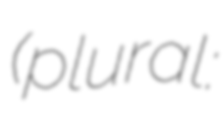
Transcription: (plural: